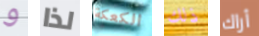
و لذا الكعكة ذلك أراك